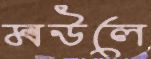
মউলে